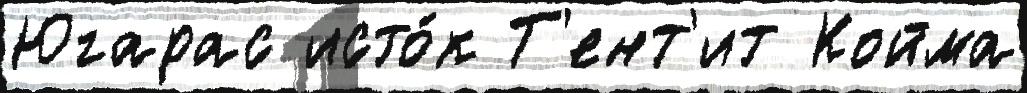
Югарас исто́к Т'ент'ит Койма